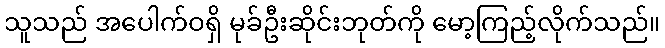
သူသည် အပေါက်ဝရှိ မုခ်ဦးဆိုင်းဘုတ်ကို မော့ကြည့်လိုက်သည်။